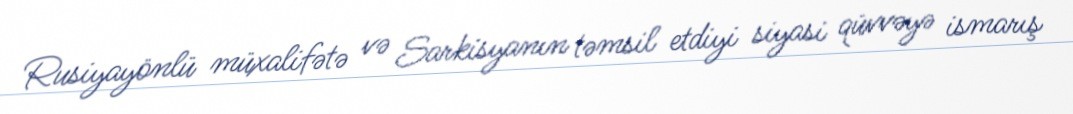
Rusiyayönlü müxalifətə və Sarkisyanın təmsil etdiyi siyasi qüvvəyə ismarış